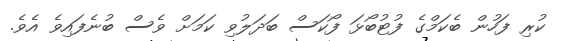
ކުރި ފަހުން ބެކަމްގެ ފުޓުބޯޅަ ފޯކަސް ބަދަލުވި ކަމަށް ވެސް ބުނެފައިވެ އެވެ.